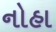
નોહા